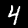
Digit: 4